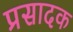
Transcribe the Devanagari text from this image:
प्रसादक